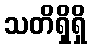
သတိရှိရှိ